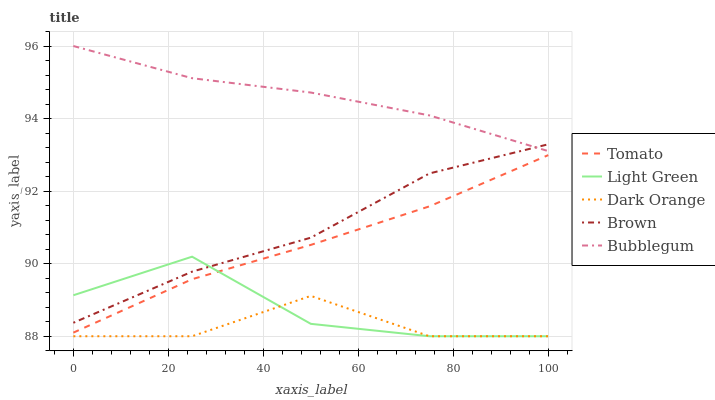
| xaxis_label | Tomato | Light Green | Dark Orange | Brown | Bubblegum |
 | --- | --- | --- | --- | --- | --- |
 | 0 | 88.1 | 89.1 | 88 | 88.4 | 96 |
 | 25 | 89.6 | 90.2 | 88 | 89.8 | 95.1 |
 | 50 | 90.5 | 88.3 | 89.1 | 90.7 | 94.7 |
 | 75 | 91.6 | 88 | 88 | 92.5 | 94.1 |
 | 100 | 93 | 88 | 88 | 93.3 | 93.1 |